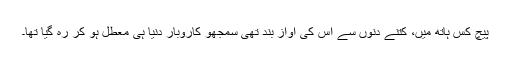
پیچ کس ہاتھ میں، کتنے دنوں سے اس کی آواز بند تھی سمجھو کاروبار دنیا ہی معطل ہو کر رہ گیا تھا۔